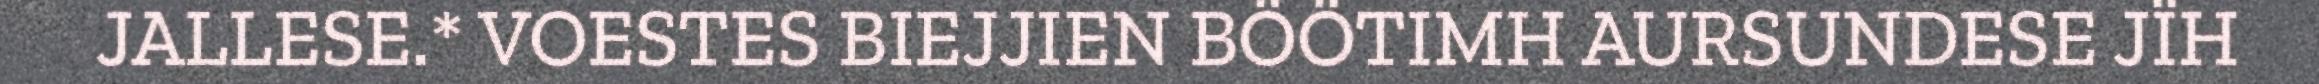
JALLESE.* VOESTES BIEJJIEN BÖÖTIMH AURSUNDESE JÏH